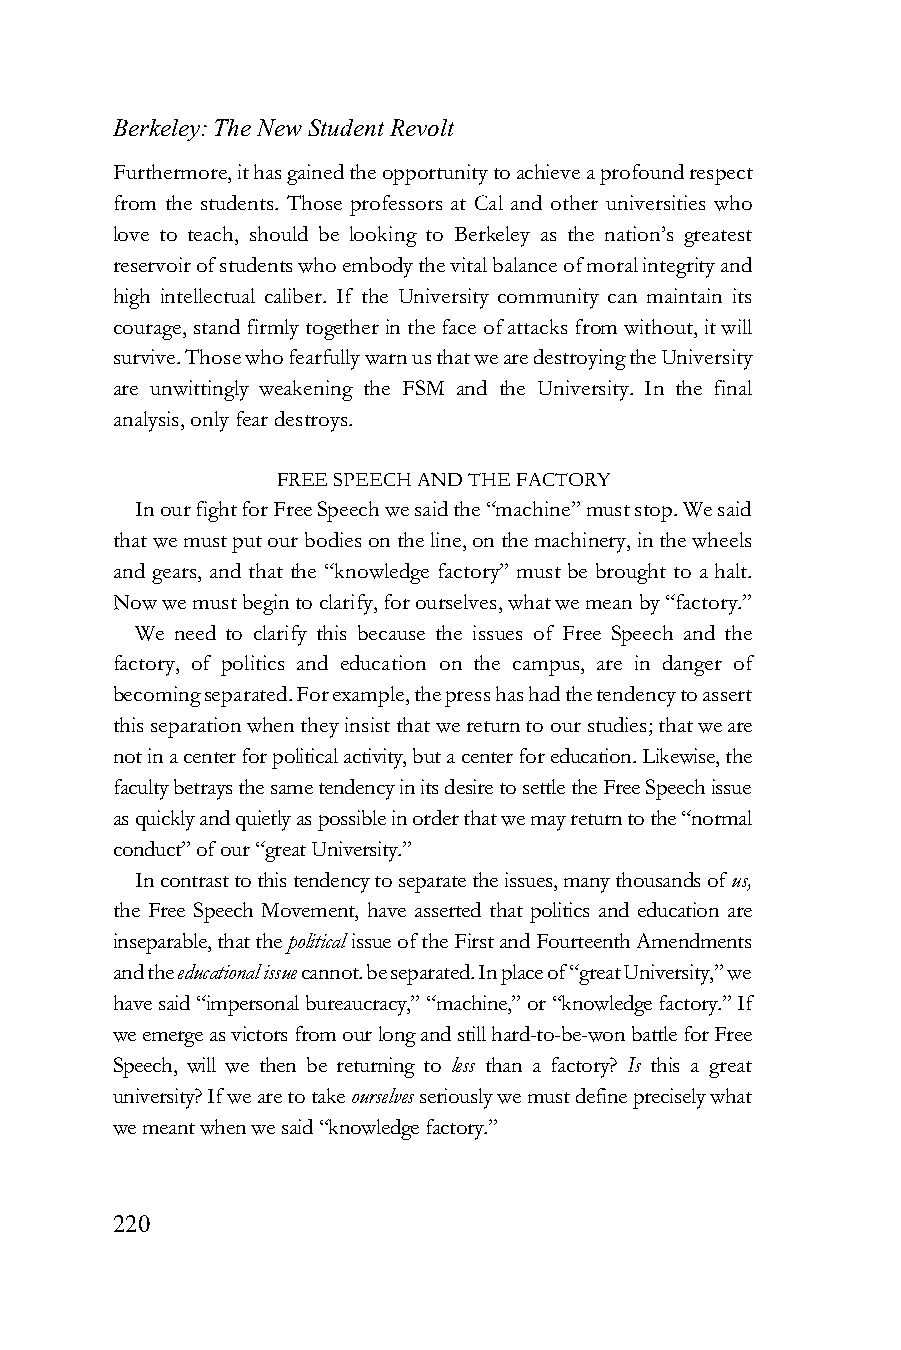
Berkeley: The New Student Revolt
 Furthermore, it has gained the opportunity to achieve a profound respect
 from the students. Those professors at Cal and other universities who
 love to teach, should be looking to Berkeley as the nation’s greatest
 reservoir of students who embody the vital balance of moral integrity and
 high intellectual caliber. If the University community can maintain its
 courage, stand firmly together in the face of attacks from without, it will
 survive. Those who fearfully warn us that we are destroying the University
 are unwittingly weakening the FSM and the University. In the final
 analysis, only fear destroys.
 FREE SPEECH AND THE FACTORY
 In our fight for Free Speech we said the “machine” must stop. We said
 that we must put our bodies on the line, on the machinery, in the wheels
 and gears, and that the “knowledge factory” must be brought to a halt.
 Now we must begin to clarify, for ourselves, what we mean by “factory.”
 We need to clarify this because the issues of Free Speech and the
 factory, of politics and education on the campus, are in danger of
 becoming separated. For example, the press has had the tendency to assert
 this separation when they insist that we return to our studies; that we are
 not in a center for political activity, but a center for education. Likewise, the
 faculty betrays the same tendency in its desire to settle the Free Speech issue
 as quickly and quietly as possible in order that we may return to the “normal
 conduct” of our “great University.”
 In contrast to this tendency to separate the issues, many thousands of us,
 the Free Speech Movement, have asserted that politics and education are
 inseparable, that the political issue of the First and Fourteenth Amendments
 and the educational issue cannot. be separated. In place of “great University,” we
 have said “impersonal bureaucracy,” “machine,” or “knowledge factory.” If
 we emerge as victors from our long and still hard-to-be-won battle for Free
 Speech, will we then be returning to less than a factory? Is this a great
 university? If we are to take ourselves seriously we must define precisely what
 we meant when we said “knowledge factory.”
 220